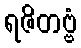
ရဇိတဗ္ဗံ